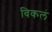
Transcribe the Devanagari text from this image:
विकलं